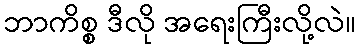
ဘာကိစ္စ ဒီလို အရေးကြီးလို့လဲ။